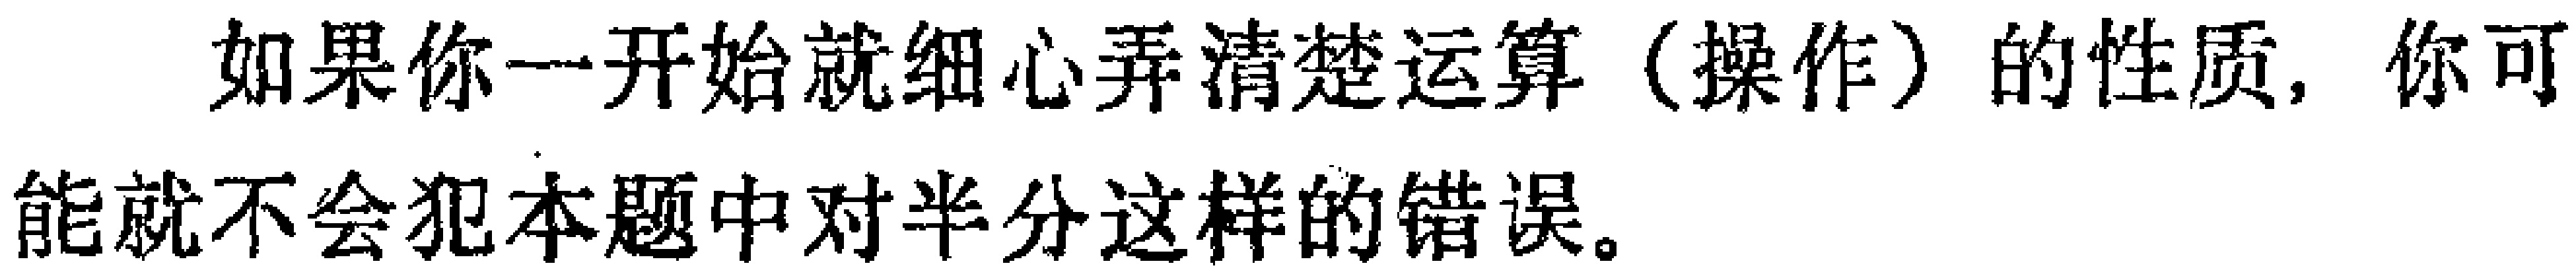
如果你一开始就细心弄清楚运算（操作）的性质，你可能就不会犯本题中对半分这样的错误。